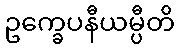
ဥက္ခေပနီယမ္ပီတိ